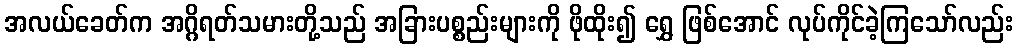
အလယ်ခေတ်က အဂ္ဂိရတ်သမားတို့သည် အခြားပစ္စည်းများကို ဖိုထိုး၍ ရွှေ ဖြစ်အောင် လုပ်ကိုင်ခဲ့ကြသော်လည်း